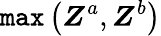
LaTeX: \texttt{max}\left(\boldsymbol{Z}^{a},\boldsymbol{Z}^{b}\right)